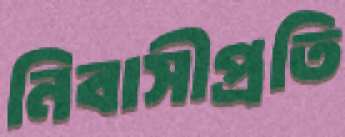
নিবাসীপ্রতি